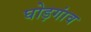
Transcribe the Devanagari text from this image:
घोड़गांव